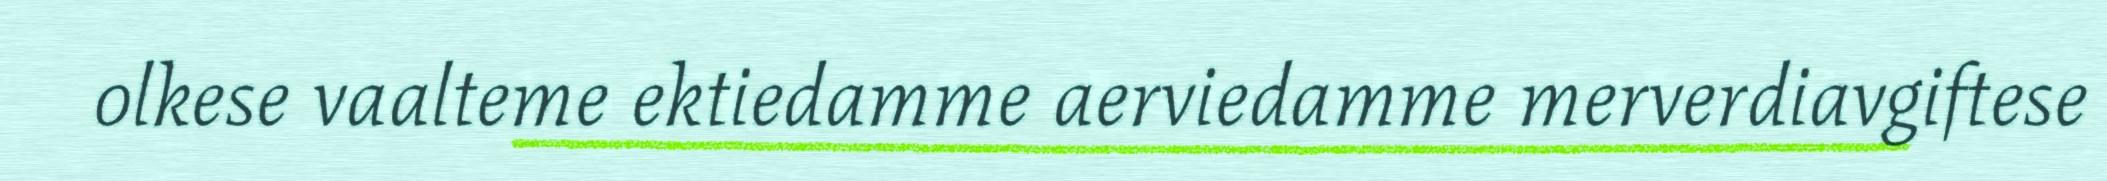
olkese vaalteme ektiedamme aerviedamme merverdiavgiftese